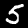
Label: 5